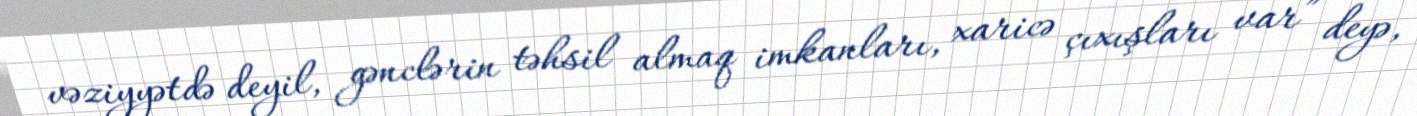
vəziyyətdə deyil, gənclərin təhsil almaq imkanları, xaricə çıxışları var” deyə,